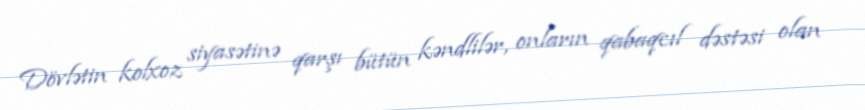
Dövlətin kolxoz siyasətinə qarşı bütün kəndlilər, onların qabaqcıl dəstəsi olan